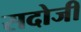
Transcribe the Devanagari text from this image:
सदोजी